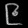
Digit: ၉